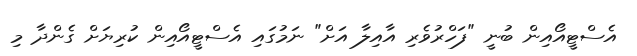
އެސްޓީއޯއިން ބުނީ "ފަހްރުވެރި އާއިލާ އަށް" ނަމުގައި އެސްޓީއޯއިން ކުރިޔަށް ގެންދާ މި